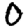
Digit: 0